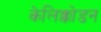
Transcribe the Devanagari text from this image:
केलिक्कोडन